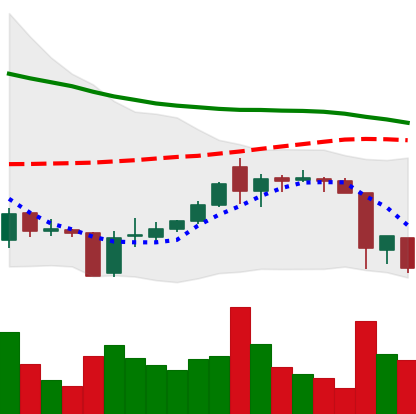
Ticker: XRP-USD
Chart end date: 2018-06-12
Forward return: -6.167%
Label: down_5_7